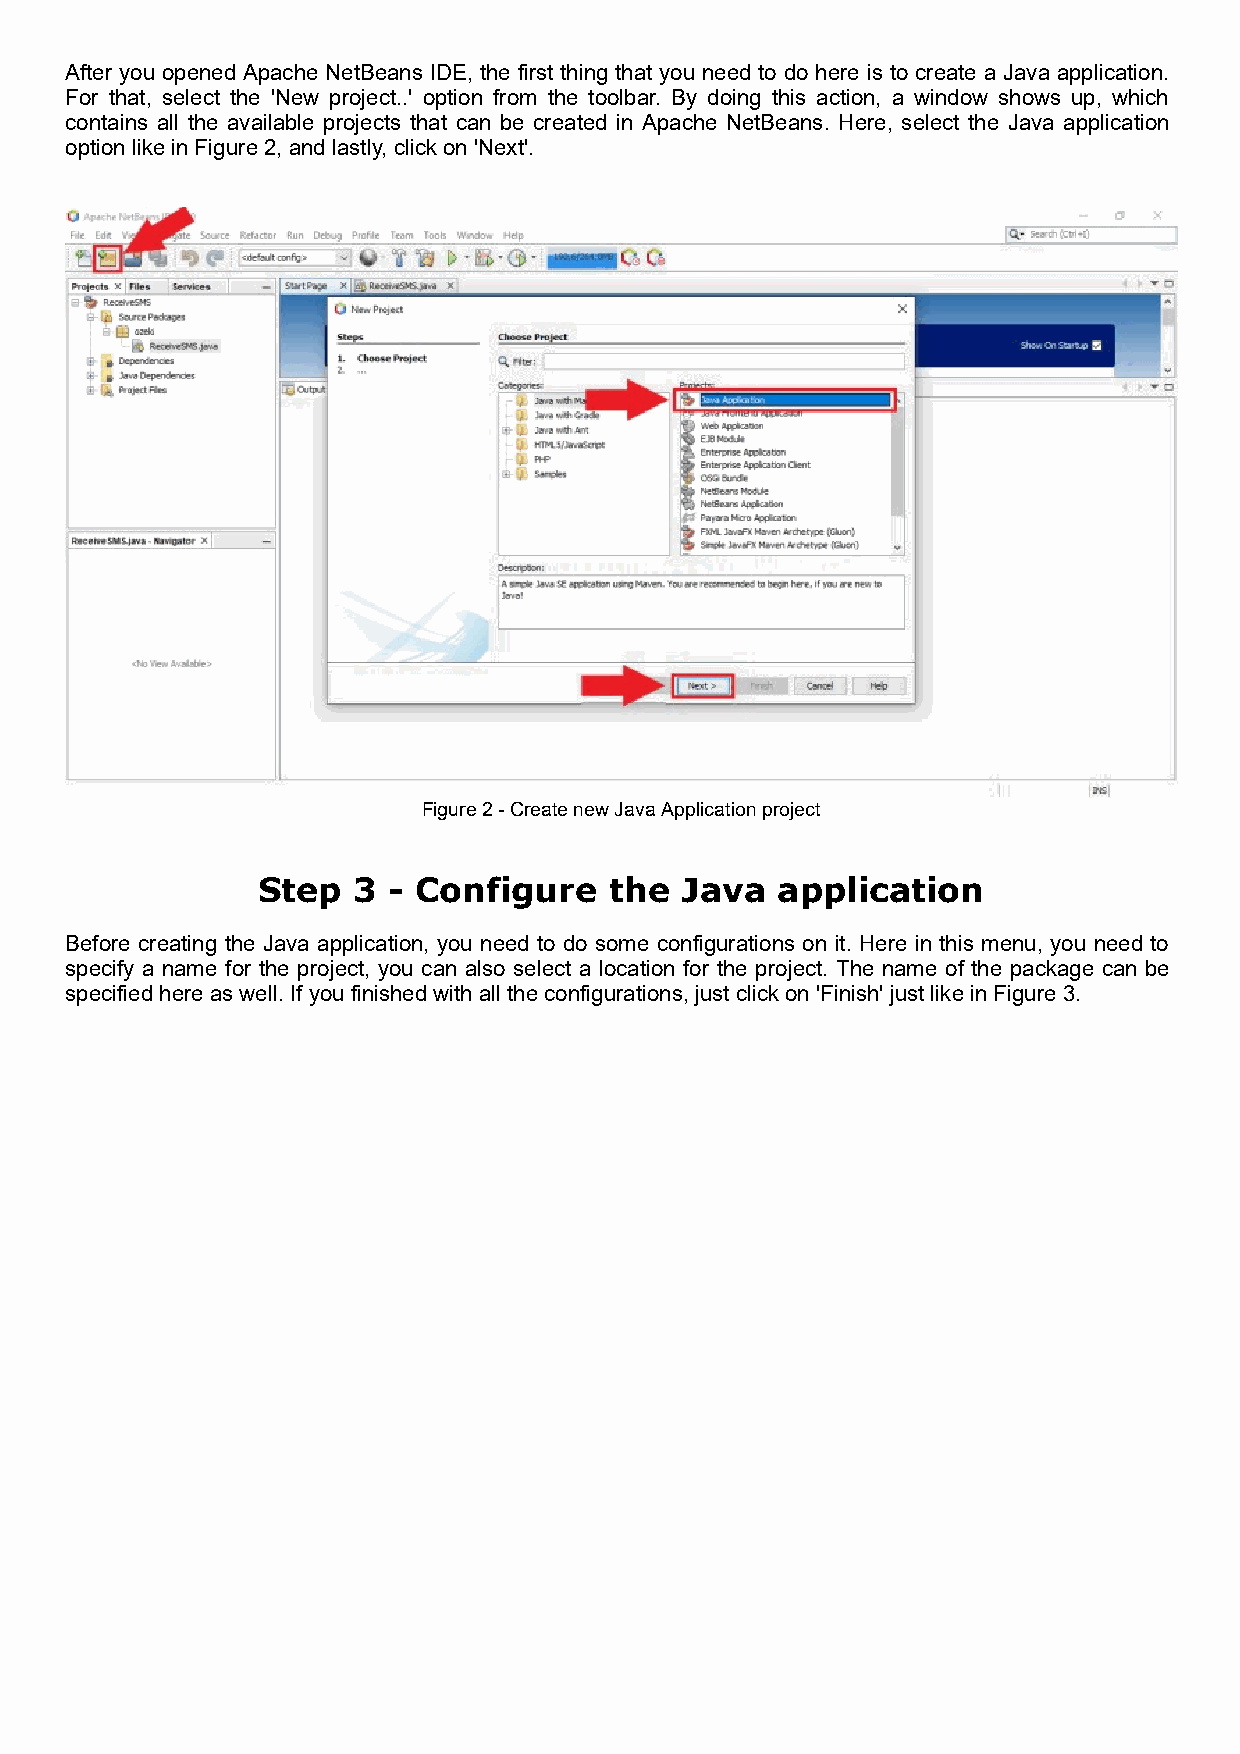
After you opened Apache NetBeans IDE, the first thing that you need to do here is to create a Java application.
 For that, select the 'New project..' option from the toolbar. By doing this action, a window shows up, which
 contains all the available projects that can be created in Apache NetBeans. Here, select the Java application
 option like in Figure 2, and lastly, click on 'Next'.
 Figure 2 - Create new Java Application project
 Step  3  - Configure   the  Java  application
 Before creating the Java application, you need to do some configurations on it. Here in this menu, you need to
 specify a name for the project, you can also select a location for the project. The name of the package can be
 specified here as well. If you finished with all the configurations, just click on 'Finish' just like in Figure 3.